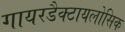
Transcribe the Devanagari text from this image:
गायरडैक्टायलोसिक